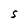
Character: S